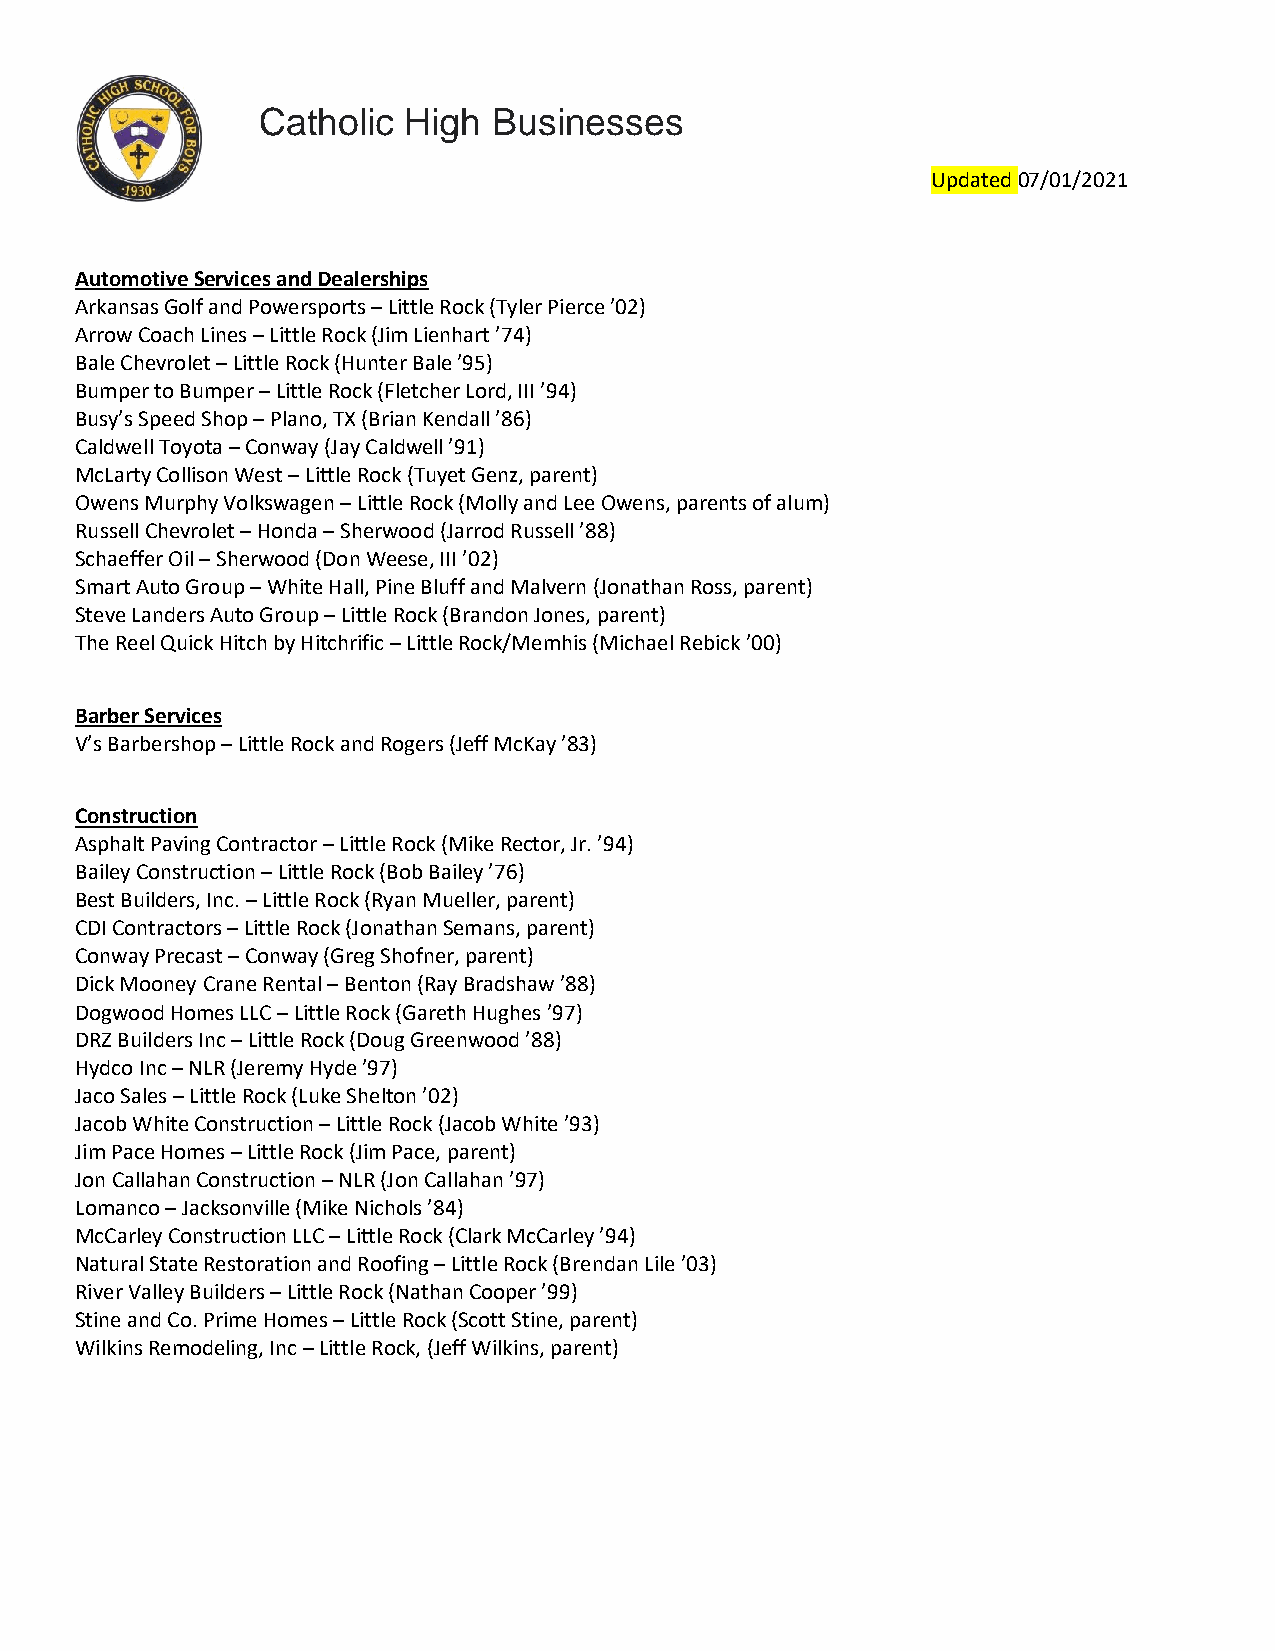
Catholic  High  Businesses
 Updated 07/01/2021
 Automotive Services and Dealerships
 Arkansas Golf and Powersports – Little Rock (Tyler Pierce ’02)
 Arrow Coach Lines – Little Rock (Jim Lienhart ’74)
 Bale Chevrolet – Little Rock (Hunter Bale ’95)
 Bumper to Bumper – Little Rock (Fletcher Lord, III ’94)
 Busy’s Speed Shop – Plano, TX (Brian Kendall ’86)
 Caldwell Toyota – Conway (Jay Caldwell ’91)
 McLarty Collison West – Little Rock (Tuyet Genz, parent)
 Owens Murphy Volkswagen – Little Rock (Molly and Lee Owens, parents of alum)
 Russell Chevrolet – Honda – Sherwood (Jarrod Russell ’88)
 Schaeffer Oil – Sherwood (Don Weese, III ’02)
 Smart Auto Group – White Hall, Pine Bluff and Malvern (Jonathan Ross, parent)
 Steve Landers Auto Group – Little Rock (Brandon Jones, parent)
 The Reel Quick Hitch by Hitchrific – Little Rock/Memhis (Michael Rebick ’00)
 Barber Services
 V’s Barbershop – Little Rock and Rogers (Jeff McKay ’83)
 Construction
 Asphalt Paving Contractor – Little Rock (Mike Rector, Jr. ’94)
 Bailey Construction – Little Rock (Bob Bailey ’76)
 Best Builders, Inc. – Little Rock (Ryan Mueller, parent)
 CDI Contractors – Little Rock (Jonathan Semans, parent)
 Conway Precast – Conway (Greg Shofner, parent)
 Dick Mooney Crane Rental – Benton (Ray Bradshaw ’88)
 Dogwood Homes LLC – Little Rock (Gareth Hughes ’97)
 DRZ Builders Inc – Little Rock (Doug Greenwood ’88)
 Hydco Inc – NLR (Jeremy Hyde ’97)
 Jaco Sales – Little Rock (Luke Shelton ’02)
 Jacob White Construction – Little Rock (Jacob White ’93)
 Jim Pace Homes – Little Rock (Jim Pace, parent)
 Jon Callahan Construction – NLR (Jon Callahan ’97)
 Lomanco – Jacksonville (Mike Nichols ’84)
 McCarley Construction LLC – Little Rock (Clark McCarley ’94)
 Natural State Restoration and Roofing – Little Rock (Brendan Lile ’03)
 River Valley Builders – Little Rock (Nathan Cooper ’99)
 Stine and Co. Prime Homes – Little Rock (Scott Stine, parent)
 Wilkins Remodeling, Inc – Little Rock, (Jeff Wilkins, parent)